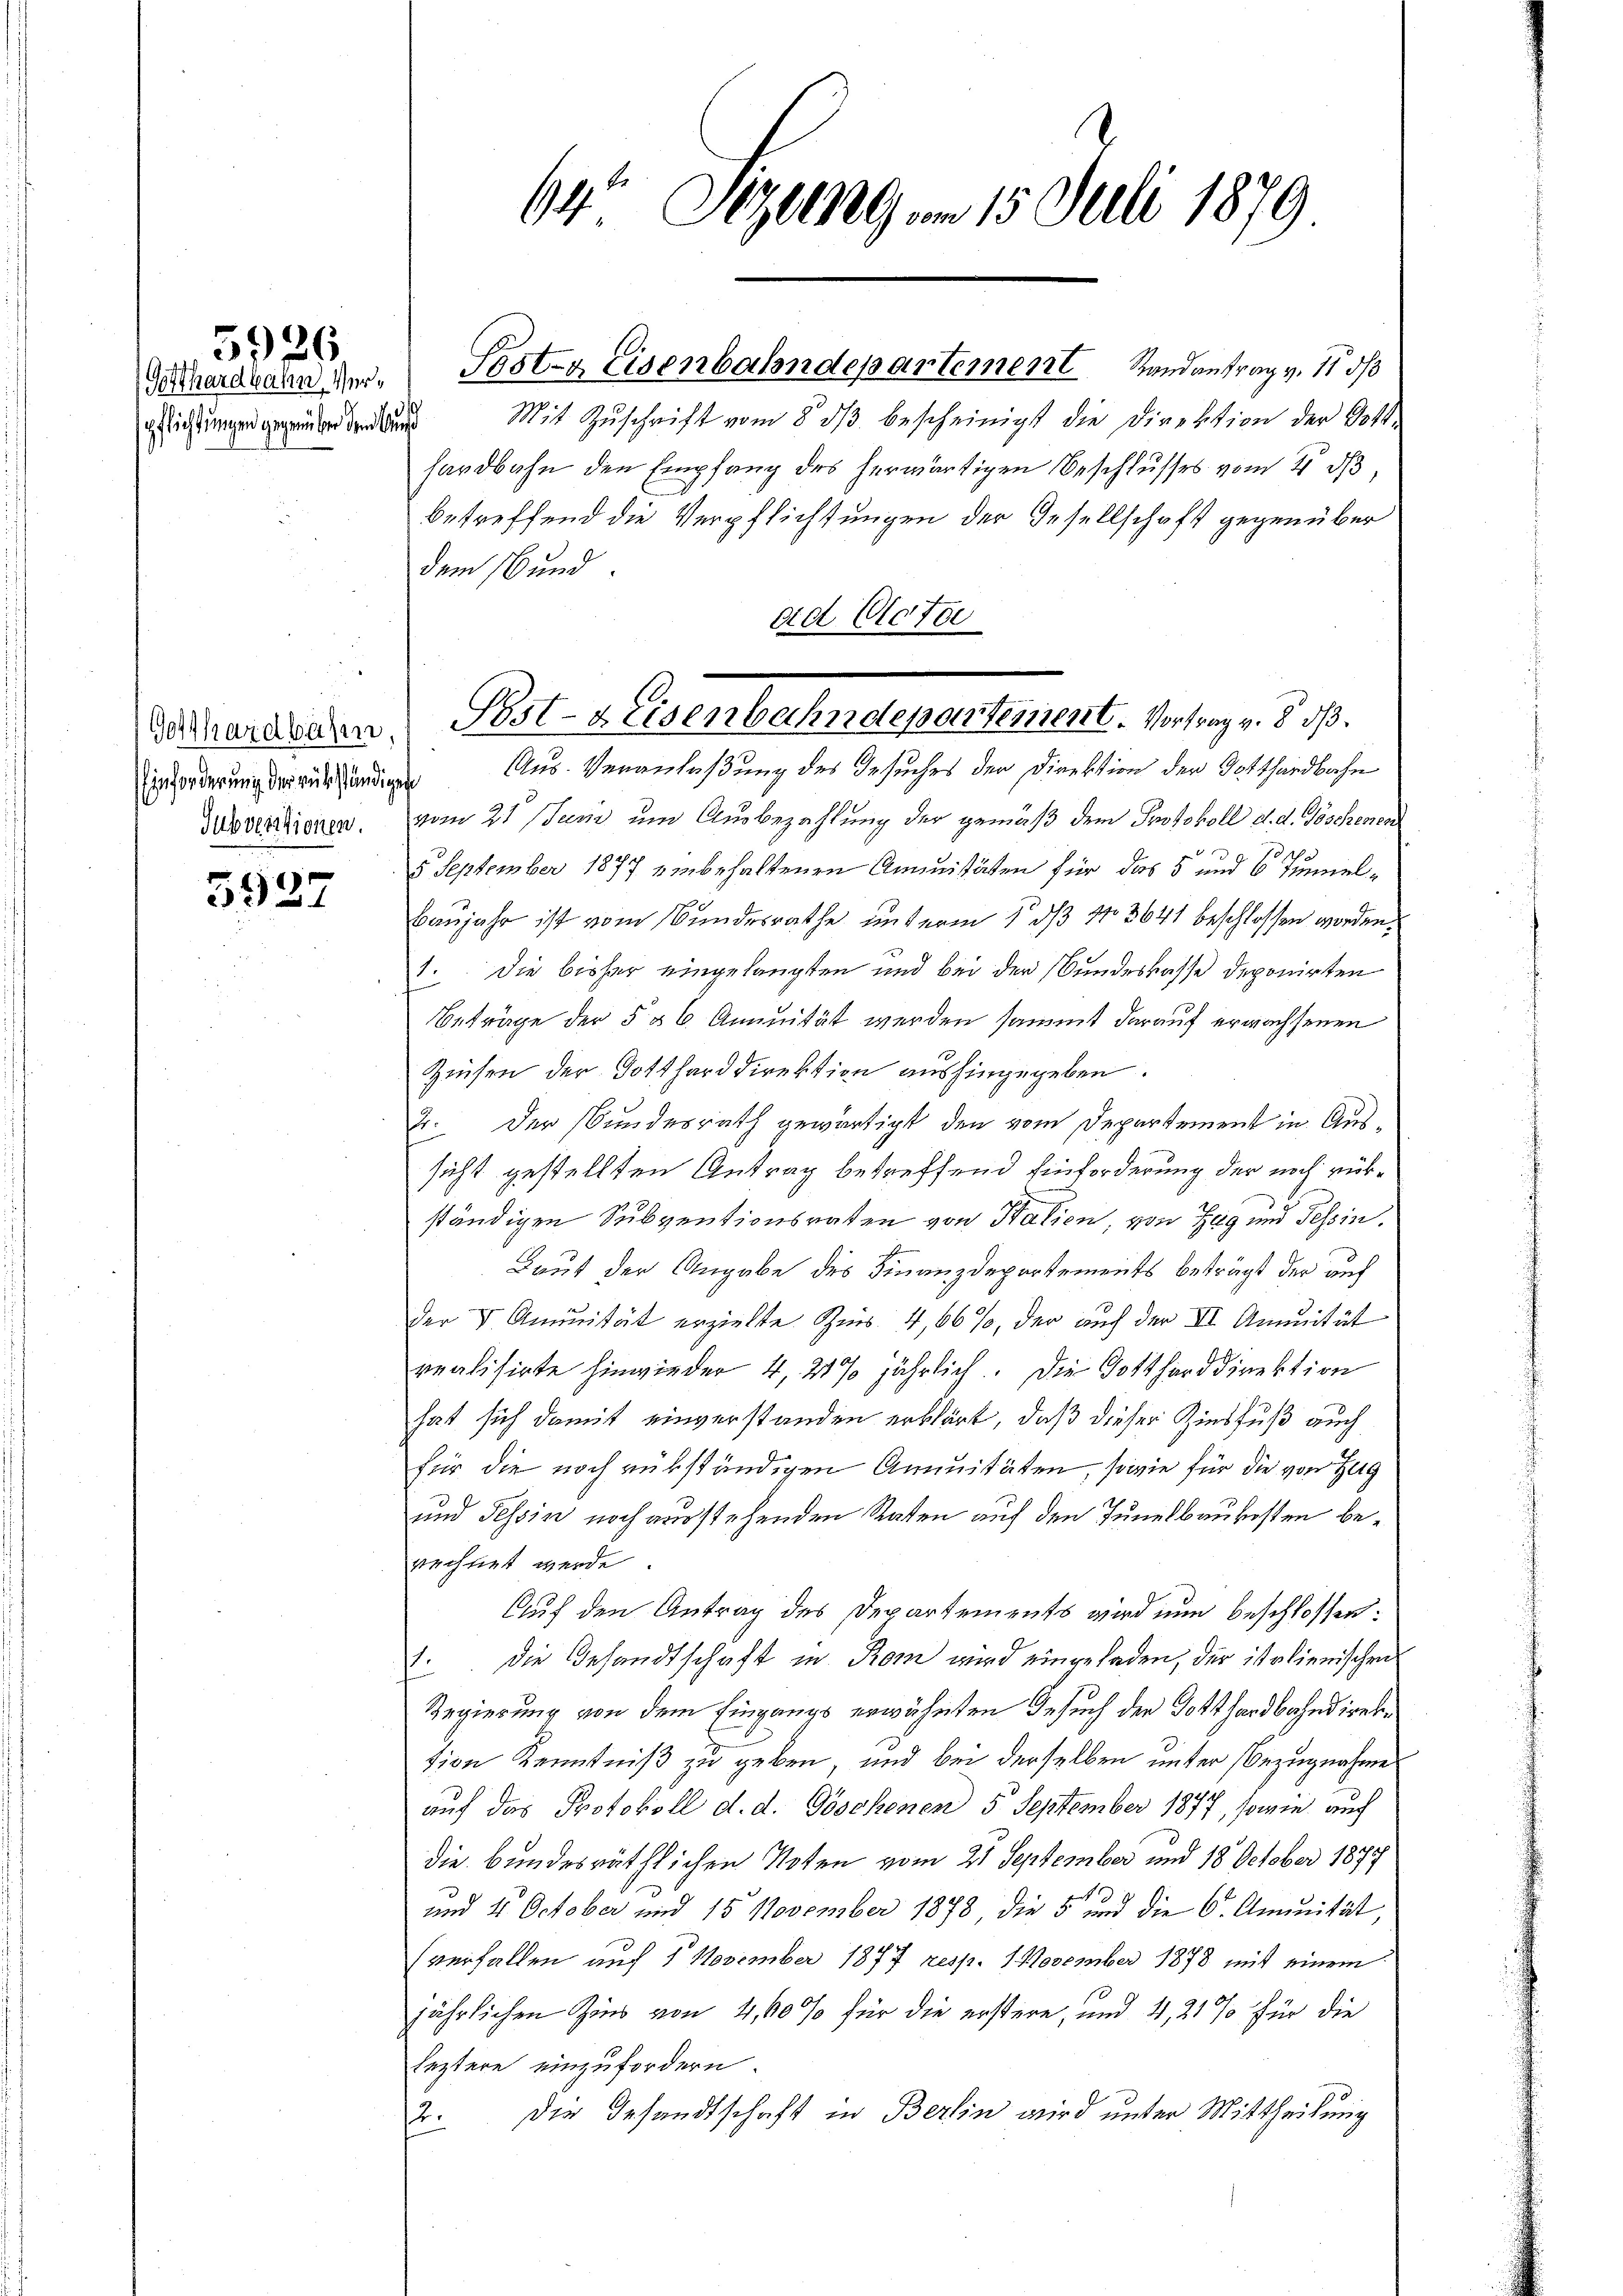
Gotthardbahn, Verspflichtungen gegenüber dem Aus¬

5926

Gotthardbahn,
inforderung der rükständigen
Subventionen.

5927

64 Sitzung am 15. Juli 1879

Posten Eisenbahndepartement Randantrag v. 15 d

Mit Zŭschrift vom 8. dβ bescheinigt die Direktion der Dott
hardbahn den Empfang des herwärtigen Beschlusses vom 4. ds
betreffend die Verpflichtungen der Gesellschaft gegenüber
dem 16 und
od Clotte
Aus. Veranlaßung des Gesuches der Direktion der Gotthardbahn
vom 21 Juni um Ausbezahlung der gemäß dem Protokoll d. d. Poschenen
.
2 September 1877 einbehaltenen Annuitäten für das 5 und 6 Iminel¬
Baujahr ist vom Bundesrathe unterm 1. ds 13641 beschlossen worden.
1. Die bisher eingelangten und bei der Bundeskasse deponirten
Beträge der 5 § 6 Annuität werden sammt darauf erwachsenen
Zeusen der Gottharddirektion aushingegeben.
2. Der Bundesrath gewärtigt, den vom Departement in Aussicht gestellten Antrag betreffend Einforderung der noch rük¬
197
ständigen Subventionsraten von Halien von Zug und Tessin.
Baut der Angabe des Finanzdepartements beträgt der auf
der I. Annuität erzielte Ges. 4,66%, der auch der II. Annuität
realisirte hinwieder 4, 21% jährlich. Die Gotthard direktion
hat sich damit einverstanden erklärt, daß dieser Zinsfuß auch
für die noch rükständigen Annuitäten, sowie für die von Zug
und Tessin noch ausstehenden Raten auf den Tunelbaukosten berechnet werde.
Auf den Antrag des Departements wird nun beschlossen:
1. Die Gesandtschaft in Rom wird eingeladen, der italienischen
Regierung von dem Eingangs erwähnten Gesuch der Gotthardbahndirektion Kenntniß zu geben, und bei derselben unter Bezugnahme
auf das Protokoll d. d. Göschenen 5 September 1877, sowie auch
die bundesräthlichen Noten vom 21 September und 18 October 1877
und 4. October und 15 November 1878 die 5 und die 6. Annuität,
verfallen auf 1 November 1877 resp. 1. November 1878 mit einem
jährlichen Zins von 4,60% für die erstere, und 4, 21 % für die
leztere einzufordern.
2. Die Gesandtschaft in Berlin wird unter Mittheilung

Pst-Heisenbahndepartement. Vortrag v. 8. d.